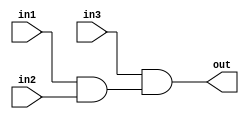
module threeinputand(out, in1, in2, in3);
output out;
input in1, in2, in3;
	and a0(tmp, in1, in2);
	and a1(out, in3, tmp);
endmodule